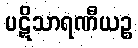
ပဋိသာရဏီယဉ္စ